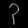
Digit: ၃